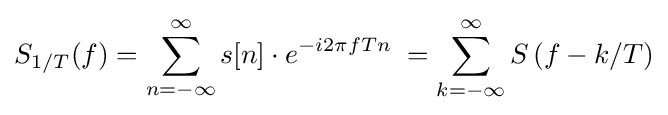
S_{1/T}(f)=\sum _{n=-\infty }^{\infty }s[n]\cdot e^{-i2\pi fTn}\;=\sum _{k=-\infty }^{\infty }S\left(f-k/T\right)